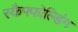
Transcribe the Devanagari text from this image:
स्कैफ्फोल्डिंग